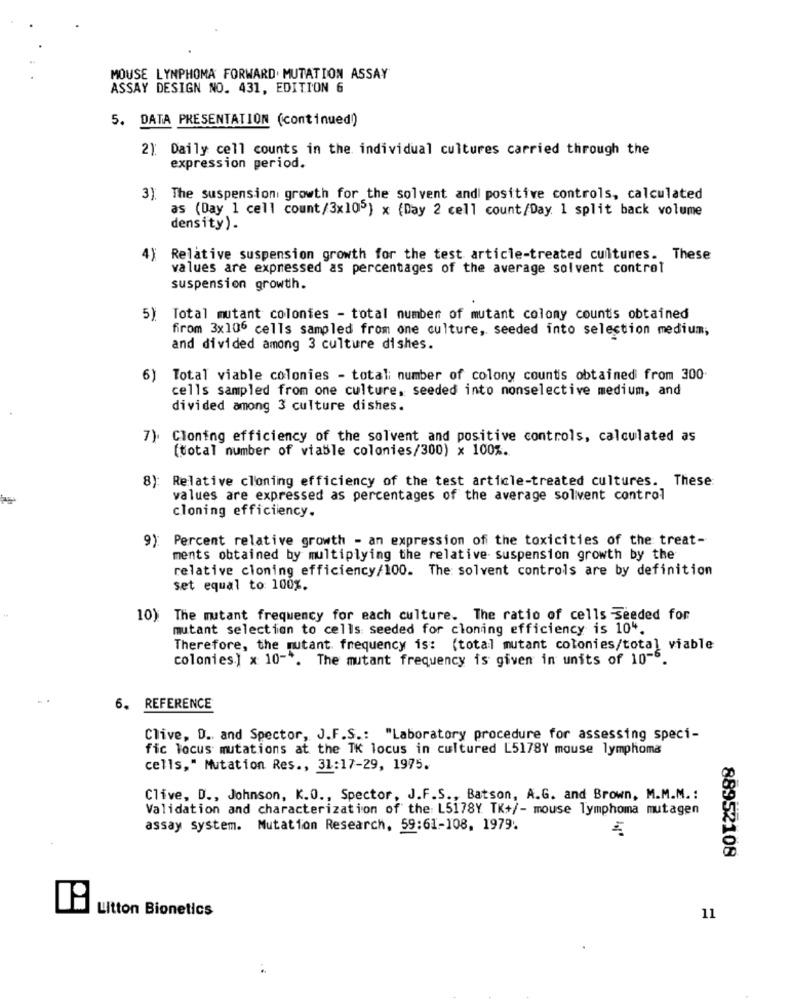
MOUSE LYNPHOMA FORWARD. MUTATION ASSAY
ASSAY DESIGN NO. 431, EDITION 6
5. DATA PRESENTATION (continued)
2): Daily cell counts in the individual cultures carried through the
expression period.
3): The suspension growth for the solvent and positive controls, calculated
as (Day 1 cell count/3x105) x (Day 2 cell count/Day. 1 split back volume
density) .
Relative suspension growth for the test article-treated cuitunes. These
values are expressed as percentages of the average solvent control
suspension growth.
5) Total mutant colonies - total number of mutant colony counts obtained
firom 3x106 cells sampled from one culture, seeded into selection medium,
and divided among 3 culture dishes.
6) Total viable colonies - total number of colony countis obtained from 300
cells sampled from one culture, seeded into nonselective medium, and
divided among 3 culture dishes.
) Cloning efficiency of the solvent and positive controls, calculated as
[total number of viable colonies/300) x 100%.
8)
Relative cloning efficiency of the test article-treated cultures. These:
values are expressed as percentages of the average solivent control
cloning efficiency.
9)
Percent relative growth - an expression of the toxicities of the treat-
ments obtained by multiplying the relative suspension growth by the
relative cloning efficiency/100. The solvent controls are by definition
set equal to: 100%.
10) The mutant frequency for each culture. The ratio of cells seeded for
mutant selection to cells seeded for cloning efficiency is 10".
Therefore, the mutant frequency is: (total mutant colonies/total viable
colonies.] x 10 -*. The mutant frequency is given in units of 10-5.
6. REFERENCE
Clive, D. and Spector, J.F.S .: "Laboratory procedure for assessing speci-
fic locus mutations at the TK locus in cultured L5178Y mouse lymphoma
cells," Mutation Res ., 31:17-29, 1975.
Clive, D ., Johnson, K.O ., Spector, J.F.S ., Batson, A.G. and Brown, M.M.M. :
Validation and characterization of the: L5178Y TK+/- mouse lymphoma mutagen
assay system. Mutation Research, 59:61-108, 1979.
88952108
Litton Bionetics
11